Scottish Certificate of Education, 1963
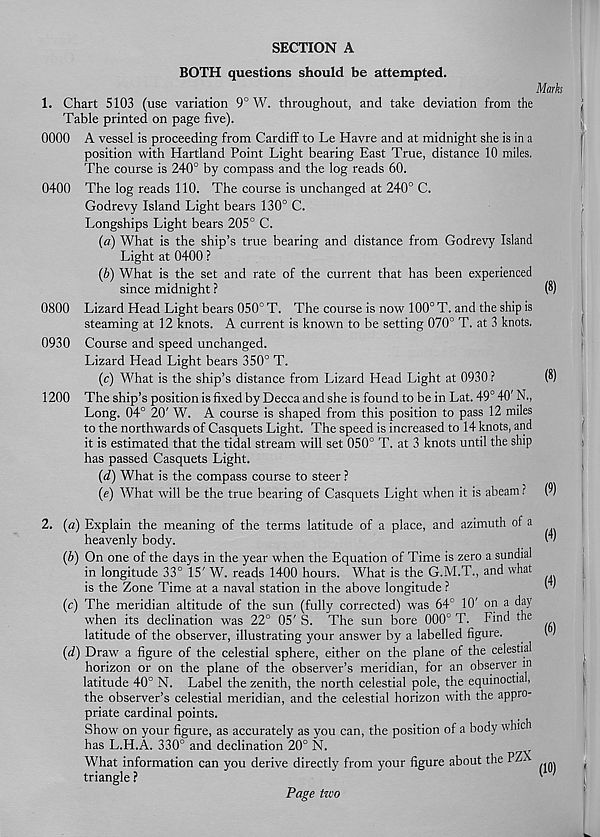
SECTION A
BOTH questions should be attempted.
1. Chart 5103 (use variation 9° W. throughout, and take deviation from the
Table printed on page five).
0000 A vessel is proceeding from Cardiff to Le Havre and at midnight she is in a
position with Hartland Point Light bearing East True, distance 10 miles.
The course is 240° by compass and the log reads 60.
0400 The log reads 110. The course is unchanged at 240° C.
Godrevy Island Light bears 130° C.
Longships Light bears 205° C.
(a) What is the ship’s true bearing and distance from Godrevy Island
Light at 0400 ?
(b) What is the set and rate of the current that has been experienced
since midnight ?
0800 Lizard Head Light bears 050° T. The course is now 100° T. and the ship is
steaming at 12 knots. A current is known to be setting 070° T. at 3 knots,
0930 Course and speed unchanged.
Lizard Head Light bears 350° T.
(c) What is the ship’s distance from Lizard Head Light at 0930 ?
1200 The ship’s position is fixed by Decca and she is found to be in Lat. 49° 40' N.,
Long. 04° 20' W. A course is shaped from this position to pass 12 miles
to the northwards of Casquets Light. The speed is increased to 14 knots, and
it is estimated that the tidal stream will set 050° T. at 3 knots until the ship
has passed Casquets Light.
(d) What is the compass course to steer ?
(e) What will be the true bearing of Casquets Light when it is abeam ?
2. (a) Explain the meaning of the terms latitude of a place, and azimuth of a
heavenly body.
(b) On one of the days in the year when the Equation of Time is zero a sundial
in longitude 33° 15' W. reads 1400 hours. What is the G.M.T., and what
is the Zone Time at a naval station in the above longitude ?
(c) The meridian altitude of the sun (fully corrected) was 64° 10' on a day
when its declination was 22° 05' S. The sun bore 000° T. Find the
latitude of the observer, illustrating your answer by a labelled figure.
(d) Draw a figure of the celestial sphere, either on the plane of the celestial
horizon or on the plane of the observer’s meridian, for an observer m
latitude 40° N. Label the zenith, the north celestial pole, the equinoctial,
the observer’s celestial meridian, and the celestial horizon with the appro-
priate cardinal points.
Show on your figure, as accurately as you can, the position of a body which
has L.H.A. 330° and declination 20° N.
What information can you derive directly from your figure about the 12
triangle ?
Page two